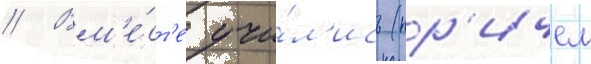
// Вм'е́ст'е учи́л'ись (пр'ичем